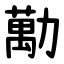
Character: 勱